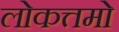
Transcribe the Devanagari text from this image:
लोकत्तमो